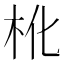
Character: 杹